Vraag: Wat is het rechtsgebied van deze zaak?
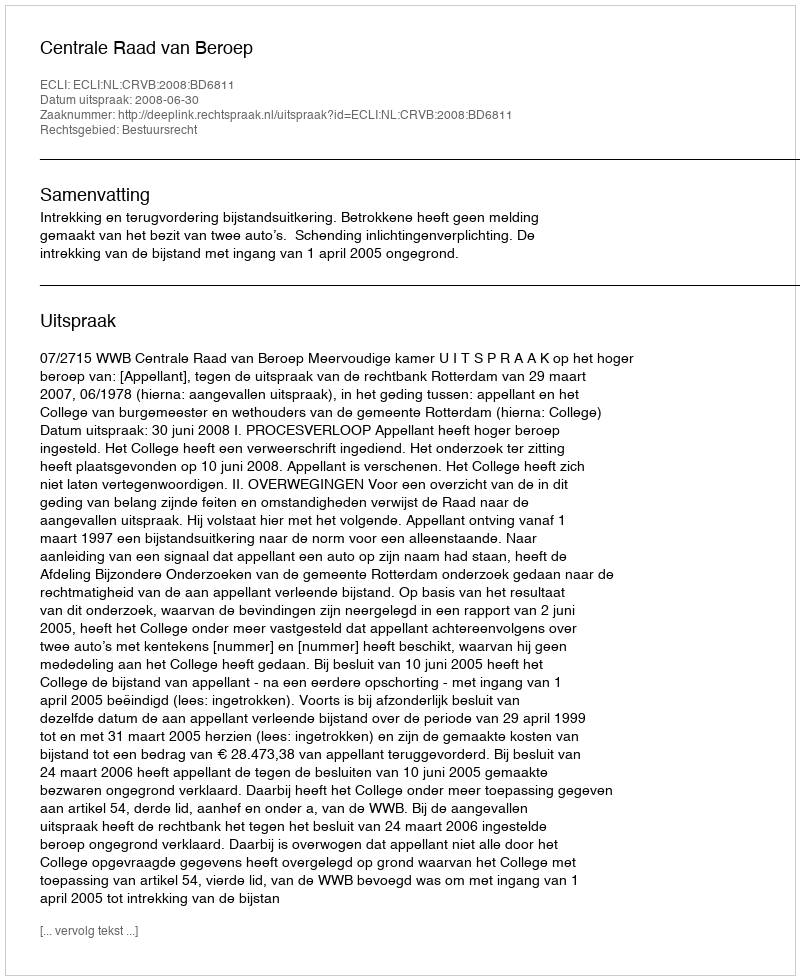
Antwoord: Bestuursrecht